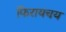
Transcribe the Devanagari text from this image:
फिरायचय